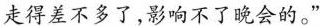
走得差不多了，影响不了晚会的。”